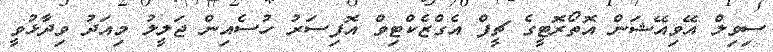
ސިވިލް އޭވިއޭޝަން އޮތޯރޮޓީގެ ޗީފް އެގްޒެކްޓިވް އޮފިސަރު ހުސެއިން ޖަލީލު މިއަދު ވިދާޅުވީ